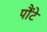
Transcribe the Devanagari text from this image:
पौंटे